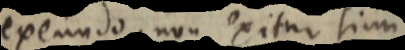
exeundo, non exitur simi